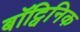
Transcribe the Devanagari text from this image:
बॉट्विनिक